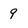
Character: 9